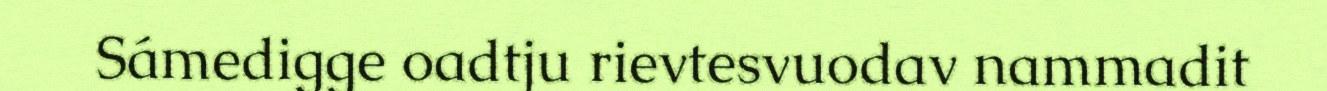
Sámedigge oadtju rievtesvuodav nammadit